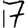
Digit: 7